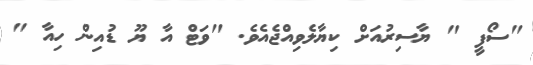
"ސޯފީ " ޔާސިރުއަށް ކިޔާލެވިއްޖެއެވެ. "ވަޓް އާ ޔޫ ޑުއިން ހިއާ "